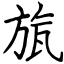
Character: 旊